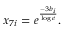
x _ { 7 i } = e ^ { \frac { - 3 b _ { i } } { \log e } } .